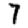
Digit: 7